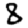
Digit: 8